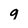
Character: q